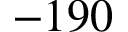
- 1 9 0